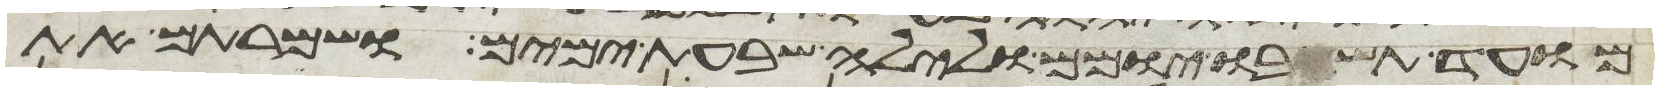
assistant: מועד תשבו יומם ולילה שבעת ימים ושמרתם את